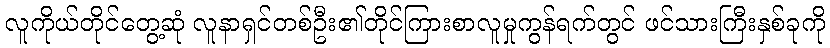
လူကိုယ်တိုင်တွေ့ဆုံ လူနာရှင်တစ်ဦး၏တိုင်ကြားစာလူမှုကွန်ရက်တွင် ဖင်သားကြီးနှစ်ခုကို